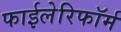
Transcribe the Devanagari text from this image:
फाईलेरिफॉर्म